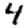
Digit: 4